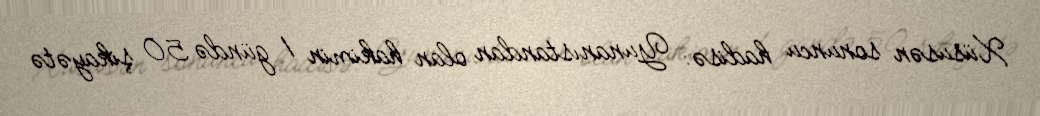
Xüsusən sonuncu hadisə: Yunanıstandan olan hakimin 1 gündə 50 şikayətə